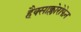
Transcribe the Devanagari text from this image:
हैक्साक्लोरोफेन